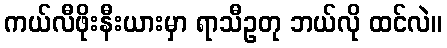
ကယ်လီဖိုးနီးယားမှာ ရာသီဥတု ဘယ်လို ထင်လဲ။